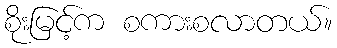
စိုးမြင့်က စကားစလာတယ်။